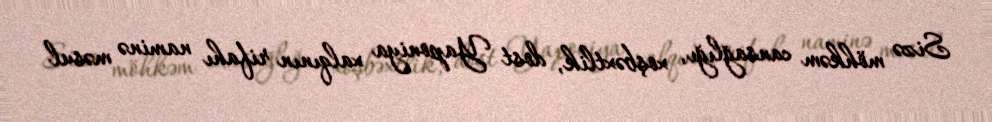
Sizə möhkəm cansağlığı, xoşbəxtlik, dost Yaponiya xalqının rifahı naminə məsul